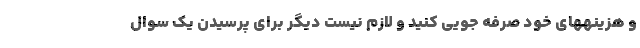
و هزینههای خود صرفه جویی کنید و لازم نیست دیگر برای پرسیدن یک سوال